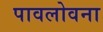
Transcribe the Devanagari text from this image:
पावलोवना